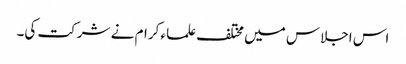
اس اجلاس میں مختلف علماء کرام نے شرکت کی۔